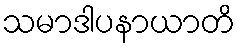
သမာဒါပနာယာတိ